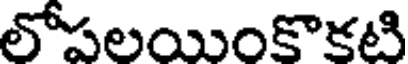
లోపలయింకొకటి